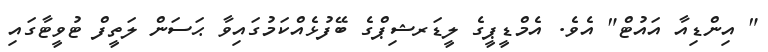
" އިންޑިއާ އައުޓް" އެވެ. އެމްޑީޕީގެ ލީޑަރޝިޕްގެ ބޭފުޅެއްކަމުގައިވާ ޙަސަން ލަތީފް ޓުވީޓާގައި